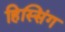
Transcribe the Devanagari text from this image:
हिस्सिंग